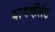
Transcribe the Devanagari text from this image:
बायव्हॅलंट